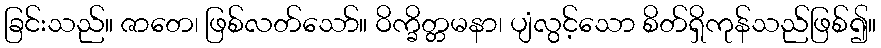
ခြင်းသည်။ ဇာတေ၊ ဖြစ်လတ်သော်။ ဝိက္ခိတ္တမနာ၊ ပျံလွင့်သော စိတ်ရှိကုန်သည်ဖြစ်၍။